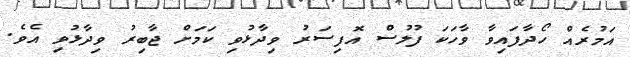
އަމުރެއް ހޯދާފައިވާ ވާހަކަ ފުލުސް އޮފިސަރު ވިދާޅުވި ކަމަށް ޖާބިރު ވިދާޅުވި އެވެ.